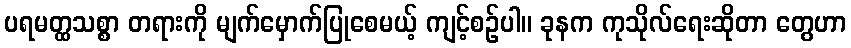
ပရမတ္ထသစ္စာ တရားကို မျက်မှောက်ပြုစေမယ့် ကျင့်စဉ်ပါ။ ခုနက ကုသိုလ်ရေးဆိုတာ တွေဟာ